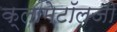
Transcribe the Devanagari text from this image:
क्लामेटॉलजी